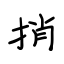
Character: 捎